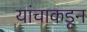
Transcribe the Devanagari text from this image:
यांचाकडून